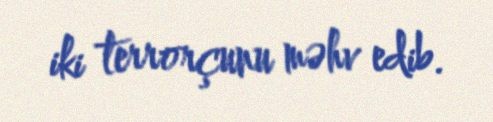
iki terrorçunu məhv edib.